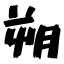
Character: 朔